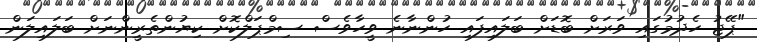
"ޕޭޖު ހެދުމުގައި ވަރަށް ބޮޑަށް ބަލައިފައި ހުންނާނެ ވީހާވެސް ސިމްޕަލްކޮށް ކިޔުންތެރީންނަށް ބަލައިލަން